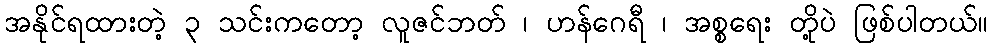
အနိုင်ရထားတဲ့ ၃ သင်းကတော့ လူဇင်ဘတ် ၊ ဟန်ဂေရီ ၊ အစ္စရေး တို့ပဲ ဖြစ်ပါတယ်။